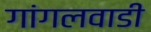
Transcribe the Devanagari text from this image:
गांगलवाडी